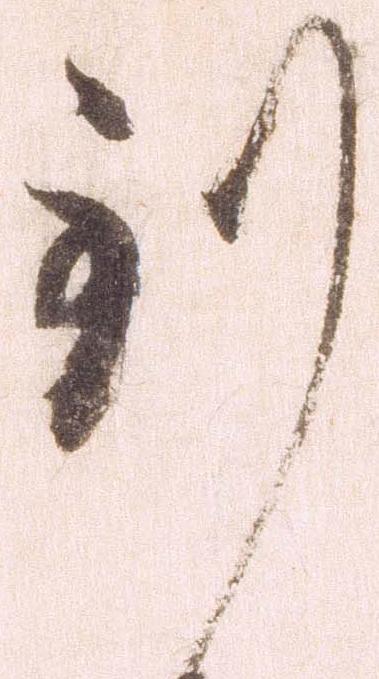
到